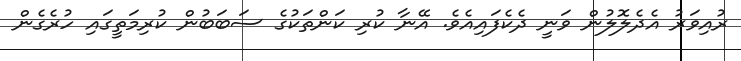
ރުއިވަރު އެދެލޮލުން ވަނީ ދެކެފައިއެވެ. އޭނާ ކުރި ކަންތަކުގެ ސަބަބުން ކުރިމަތީގައި ހުރެގެން